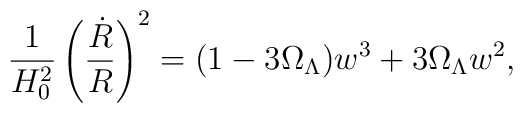
\frac{1}{H_0^2} \left(\frac{\dot{R}}{R}\right)^2 = (1 - 3{\Omega}_{\Lambda})w^3 + 3 {\Omega}_{\Lambda} w^2,